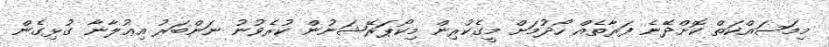
މިމަސައްކަތް ކޮށްދޭނެ ފަރާތެއް ހޯދުމަށް މީގެކުރިން މިކޯޕަރޭޝަނުން ކުރެވުނު ނަންބަރު އިޢުލާނާ ގުޅިގެން